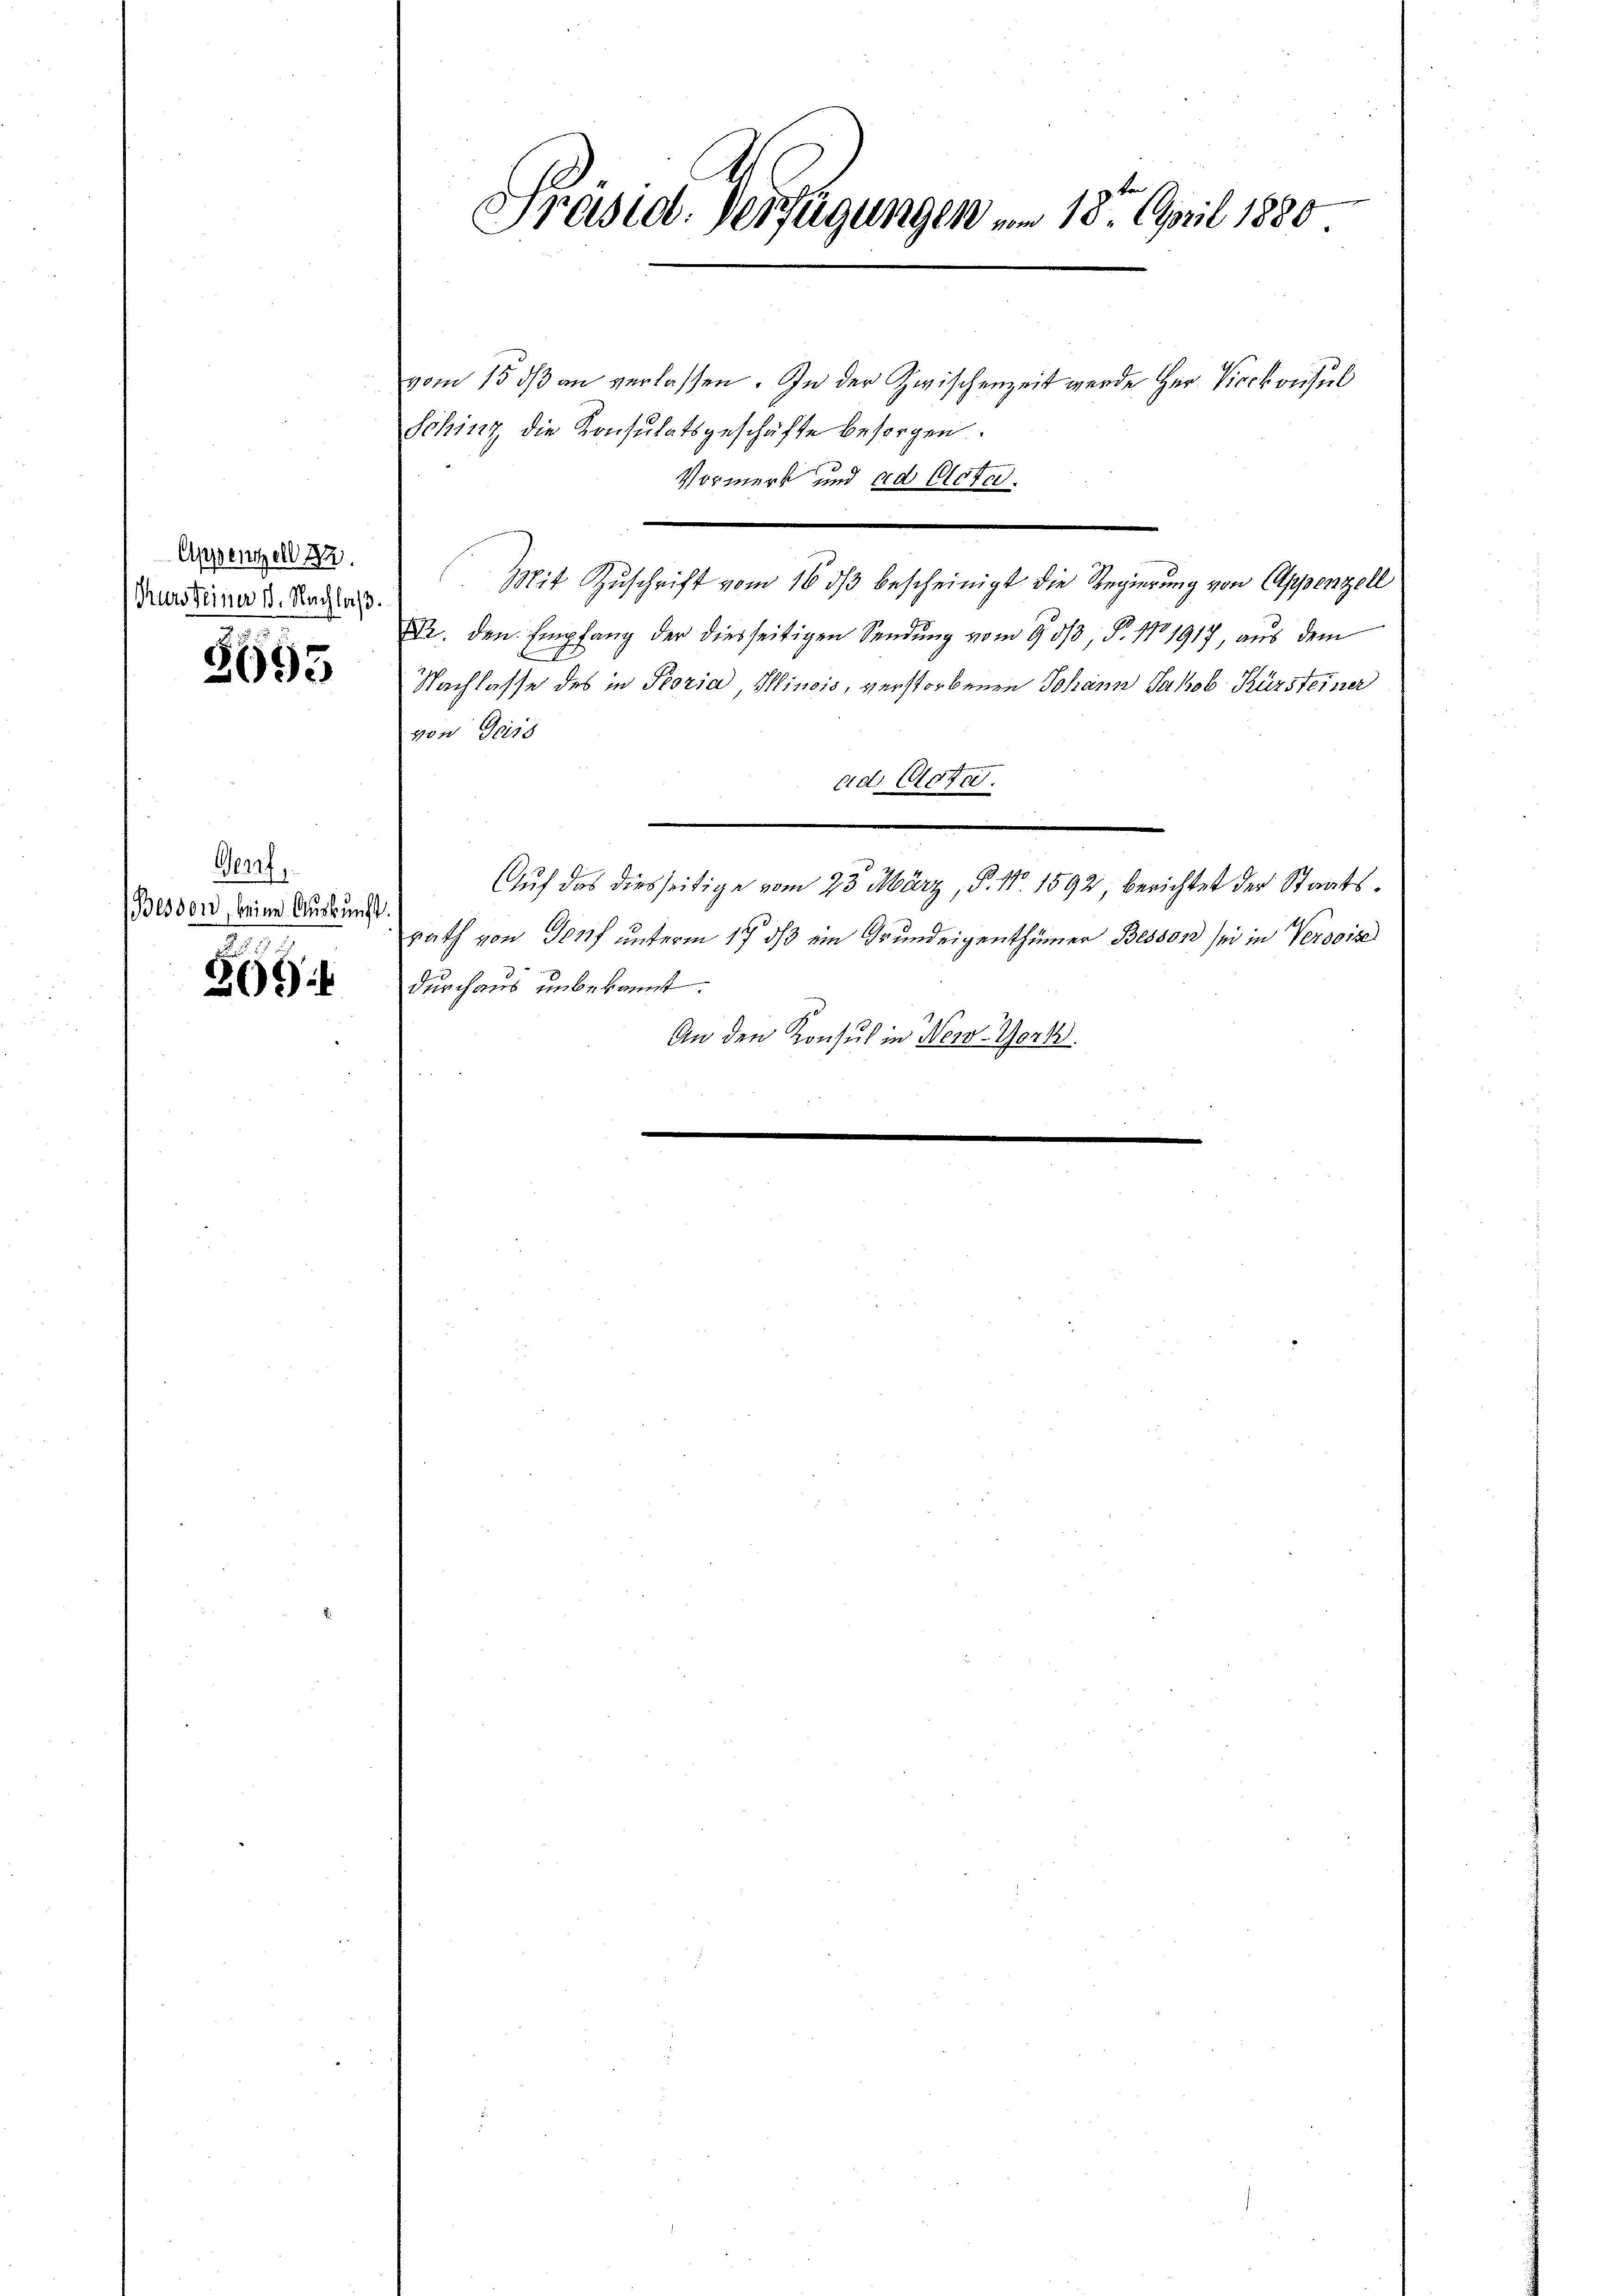
Appenzell 32.
Tursteiner 1. Nachlaβ.

3695

Gaf
Besdon, keine Auskunft

66

vom 15. dβ an verlassen. In der Zwischenzeit werde Herr Vicekonsul
Schinz die Konsulatsgeschäfte besorgen.
Vormerk und ad Acta.
Mit Zuschrift vom 16. dβ bescheinigt die Regierung von Appenzell
XV. den Empfang der diesseitigen Sendung vom 30/3, P. 171917, aus dem
Nachlasse des in Peoria Iinois, verstorbenen Johann Jakob Kürsteiner
von Geiss
e
ad. Bote.
Auf das diesseitige vom 23. März, P. Nr. 1592 berichtet der Staatsrath von Genf unterm 17. ds ein Grundeigenthümer Bessor sei in Verdoise
durchaus unbekannt.
An den Konsul in New-York
e
|
e

Präsid. Verfügungen vom 18. April 1880